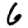
Digit: 6